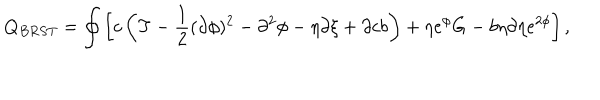
LaTeX: Q _ { B R S T } = \oint \left[ c \left( T - \frac { 1 } { 2 } ( \partial \phi ) ^ { 2 } - \partial ^ { 2 } \phi - \eta \partial \xi + \partial c b \right) + \eta e ^ { \phi } G - b \eta \partial \eta e ^ { 2 \phi } \right] ,